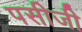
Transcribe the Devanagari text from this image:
पसीजी